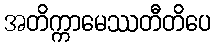
အတိက္ကာမေဿတီတိပေ